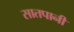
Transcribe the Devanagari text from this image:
सातपानी